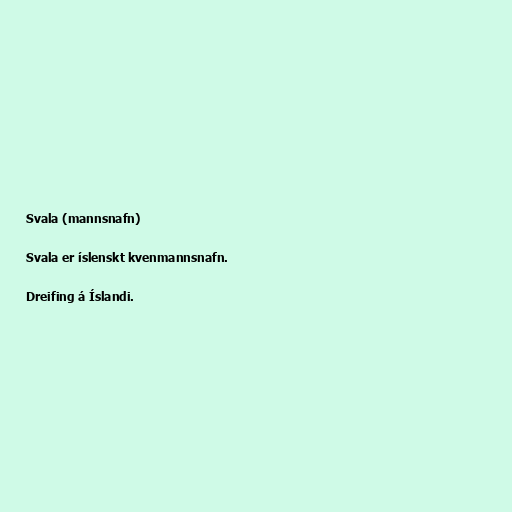
Svala (mannsnafn)

Svala er íslenskt kvenmannsnafn.

Dreifing á Íslandi.